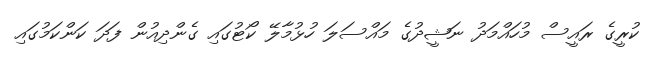
ކުރީގެ ރައީސް މުހައްމަދު ނަޝީދުގެ މައްސަލަ ހުޅުމާލޭ ކޯޓުގައި ގެންދިއުން ފަދަ ކަންކަމުގައި